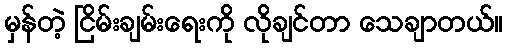
မှန်တဲ့ ငြိမ်းချမ်းရေးကို လိုချင်တာ သေချာတယ်။